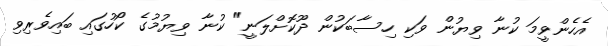
އެހެންވީމަ ކުނާ ވިޔުން ވަކި ހިސާބަކުން ދޫކޮށްލަނީ" ކުނާ ވިޔުމުގެ ކޯހުގައި ބައިވެރިވި